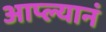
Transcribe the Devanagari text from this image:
आप्ल्यानं